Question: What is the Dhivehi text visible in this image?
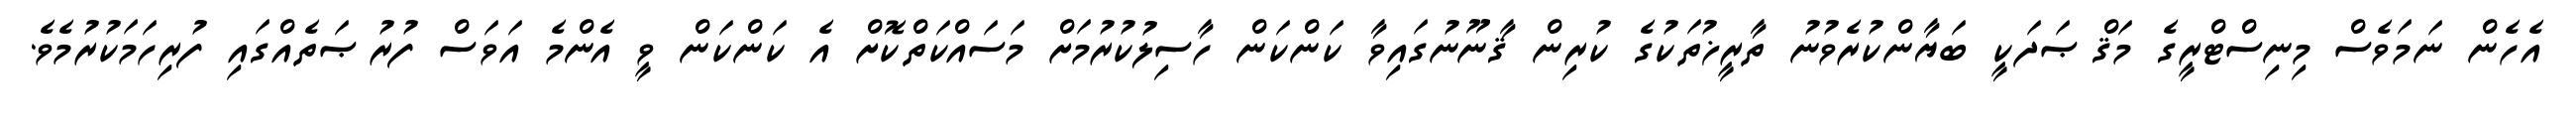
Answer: އެހެން ނަމަވެސް މިނިސްޓްރީގެ މަޤްޞަދަކީ ބަޔާންކުރެވުނު ތާރީޚުތަކުގެ ކުރިން ޤާނޫނުގައިވާ ކަންކަން ހާސިލުކުރުމަށް މަސައްކަތްކޮށް އެ ކަންކަން ވީ އެންމެ އަވަސް ފުރުޞަތެއްގައި ފުރިހަމަކުރުމެވެ.